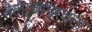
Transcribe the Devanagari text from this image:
तेलाचापुरवठा